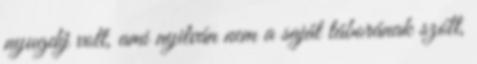
nyugdíj volt, ami nyilván nem a saját táborának szólt,